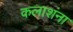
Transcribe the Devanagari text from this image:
कलाशंना